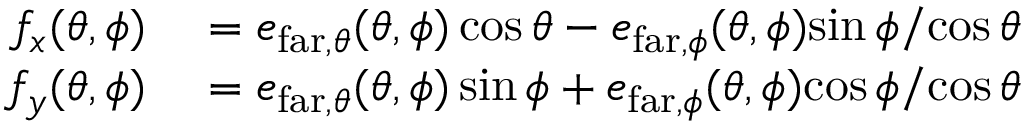
\begin{array} { r l } { f _ { x } ( \theta , \phi ) } & { { } = e _ { \mathrm { f a r } , \theta } ( \theta , \phi ) \cos \theta - e _ { \mathrm { f a r } , \phi } ( \theta , \phi ) { \sin \phi } / { \cos \theta } } \\ { f _ { y } ( \theta , \phi ) } & { { } = e _ { \mathrm { f a r } , \theta } ( \theta , \phi ) \sin \phi + e _ { \mathrm { f a r } , \phi } ( \theta , \phi ) { \cos \phi } / { \cos \theta } } \end{array}